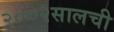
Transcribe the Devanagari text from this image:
२००२सालची